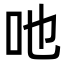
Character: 吔